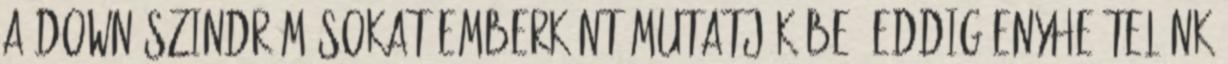
a Down szindrómásokat emberként mutatják be. Eddig enyhe telünk